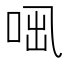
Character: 𠲫